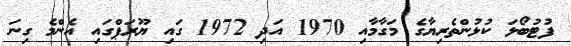
ފުޓުބޯޅަ ކުޅުންތެރިޔާގެ މަގާމާއި 1970 އަދި 1972 ގައި ޔޫރަޕްގައި އެންމެ ގިނަ